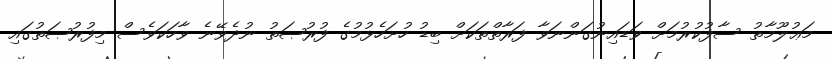
މަޢުލޫމާތު ސާފުކުރުމަށް ވަޑައިނުގަންނަވާ ފަރާތްތަކަށް ބިޑު ހުށަހެޅުމުގެ ފުރުޞަތު ނުދެވޭނެ ވާހަކަވެސް މިފުރުޞަތުގައި